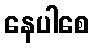
နေပါစေ